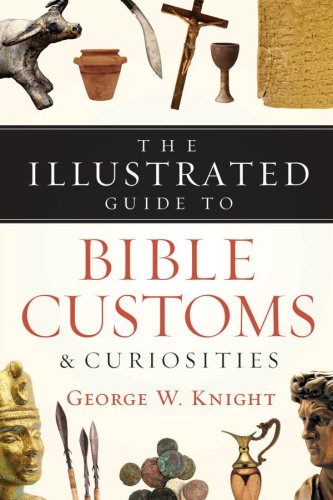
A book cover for The Illustrated Guide to Bible Customs & Curiosities; George W. Knight; Christian Books & Bibles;